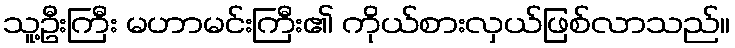
သူ့ဦးကြီး မဟာမင်းကြီး၏ ကိုယ်စားလှယ်ဖြစ်လာသည်။